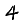
Digit: 4